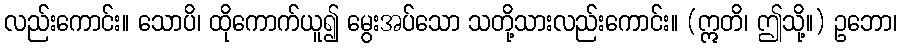
လည်းကောင်း။ သောပိ၊ ထိုကောက်ယူ၍ မွေးအပ်သော သတို့သားလည်းကောင်း။ (ဣတိ၊ ဤသို့။) ဥဘော၊